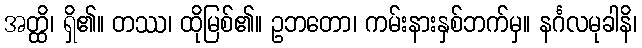
အတ္ထိ၊ ရှိ၏။ တဿ၊ ထိုမြစ်၏။ ဥဘတော၊ ကမ်းနားနှစ်ဘက်မှ။ နင်္ဂလမုခါနိ၊